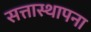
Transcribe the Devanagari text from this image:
सत्तास्थापना